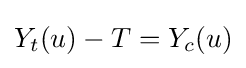
Y_{t}(u)-T=Y_{c}(u)